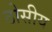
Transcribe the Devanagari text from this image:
ठोसीय